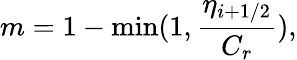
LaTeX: m=1-\operatorname*{min}(1,\frac{\eta_{i+1/2}}{C_{r}}),